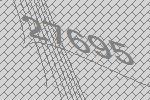
27695